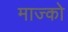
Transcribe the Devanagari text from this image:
माज्को